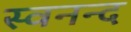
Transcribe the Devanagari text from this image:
स्वनन्द